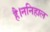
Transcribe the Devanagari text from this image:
है।ननिहाल